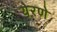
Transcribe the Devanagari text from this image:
येरणे